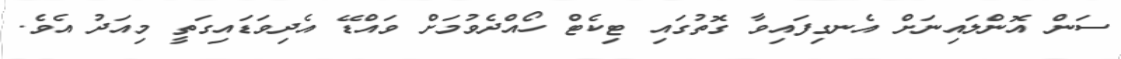
ސަން އޮންލައިނަށް އެނގިފައިވާ ގޮތުގައި ޓިކެޓް ހޯއްދެވުމަށް ވައްޑޭ އެދިވަޑައިގަތީ މިއަދު އެވެ.